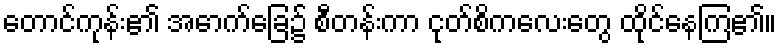
တောင်ကုန်း၏ အောက်ခြေ၌ စီတန်းကာ ငုတ်စိကလေးတွေ ထိုင်နေကြ၏။